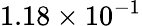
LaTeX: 1.18\times 10^{-1}